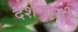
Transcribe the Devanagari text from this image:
दर्शनासी